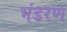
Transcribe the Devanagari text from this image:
भंडरण